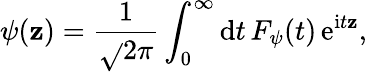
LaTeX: \psi(\mathbf{z})={\frac{{1}}{{\sqrt{}{{2\pi}}}}}\int_{0}^{\infty}\mathrm{{d}}t\, F_{\psi}(t)\, \mathrm{{e}}^{\mathrm{{i}}t\mathbf{z}},